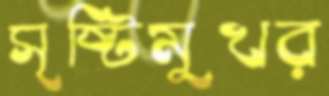
সৃষ্টিমুখর